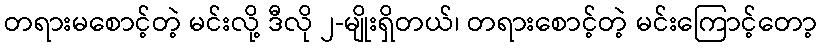
တရားမစောင့်တဲ့ မင်းလို့ ဒီလို ၂-မျိုးရှိတယ်၊ တရားစောင့်တဲ့ မင်းကြောင့်တော့